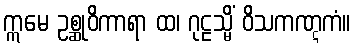
ဣမေ ဥစ္ဆုဝိကာရာ ထ၊ ဂုဠသ္မိံ ဝိသကဏ္ဋကံ။